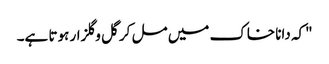
"کہ دانا خاک میں مل کر گل وگلزار ہوتا ہے۔